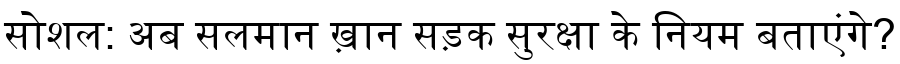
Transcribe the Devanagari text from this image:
सोशल: अब सलमान ख़ान सड़क सुरक्षा के नियम बताएंगे?